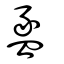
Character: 盠